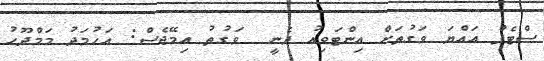
ސްޓެޕް އައްޔަ ވަގުތަށް އިންޓަވިއު ދެނީ  ވަގުތު އިމޭޖެސް: އަހުމަދު މަމްދޫހު